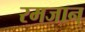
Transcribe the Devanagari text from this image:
रमजान्